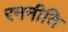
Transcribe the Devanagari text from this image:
रननीति